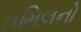
તમિલનો